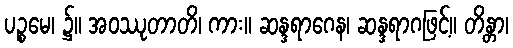
ပဉ္စမေ၊ ၌။ အဝဿုတာတိ၊ ကား။ ဆန္ဒရာဂေန၊ ဆန္ဒရာဂဖြင့်။ တိန္တာ၊